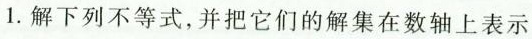
1.解下列不等式，并把它们的解集在数轴上表示